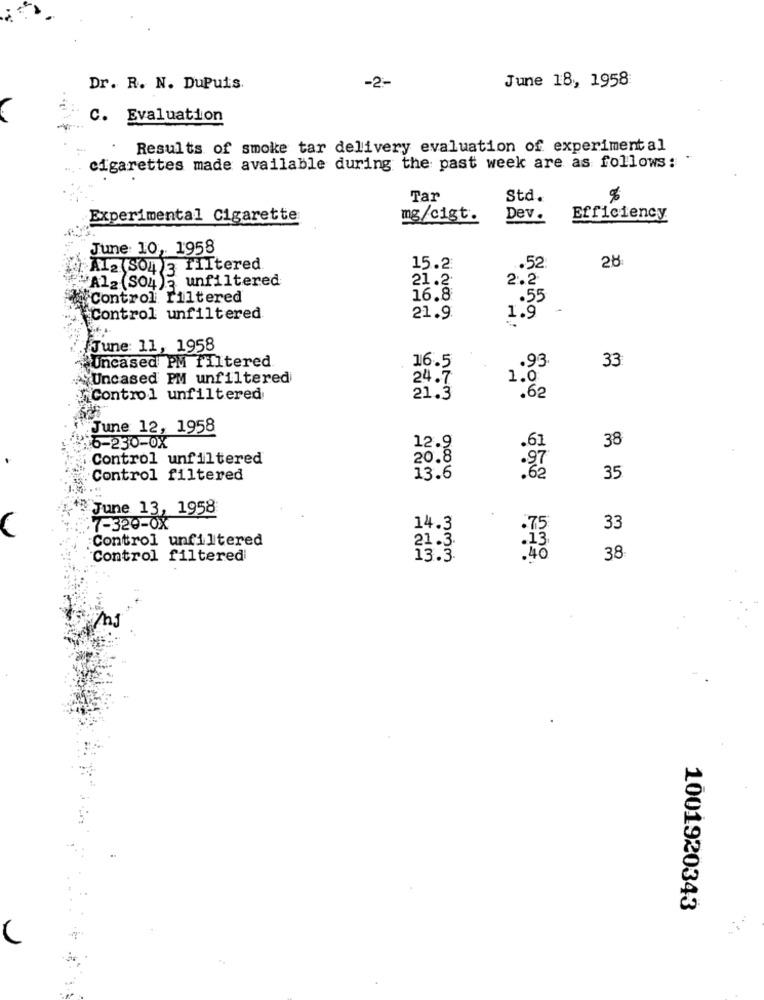
June 18, 1958
Dr. R. N. DuPuis.
-2-
C. Evaluation
Results of smoke tar delivery evaluation of experimental
cigarettes made available during the past week are as follows:
Tar
Std.
Experimental Cigarette
mg/cigt.
Dev .
Efficiency
June: 10, 1958
Al2 Som - filtered
15.2
.. 52
28
"Al2 (SO4)- unfiltered
21.2
2.2
Control Filtered
16.8
.55
Control unfiltered
21.9.
1.9
June: 11, 1958
y'incased PM filtered
16.5
.93
33
.Uncased PM unfiltered
24.7
1.0
Control unfiltered
21.3
.62
.June 12, 1958
6-230-0X
38
12.9
.61
Control unfiltered
20.8
Control filtered
13.6
35
June 13, 1958
7-320-0X
14.3
33
Control unfiltered
21.3
:3
Control filtered
13.3
:40
38
1001920343